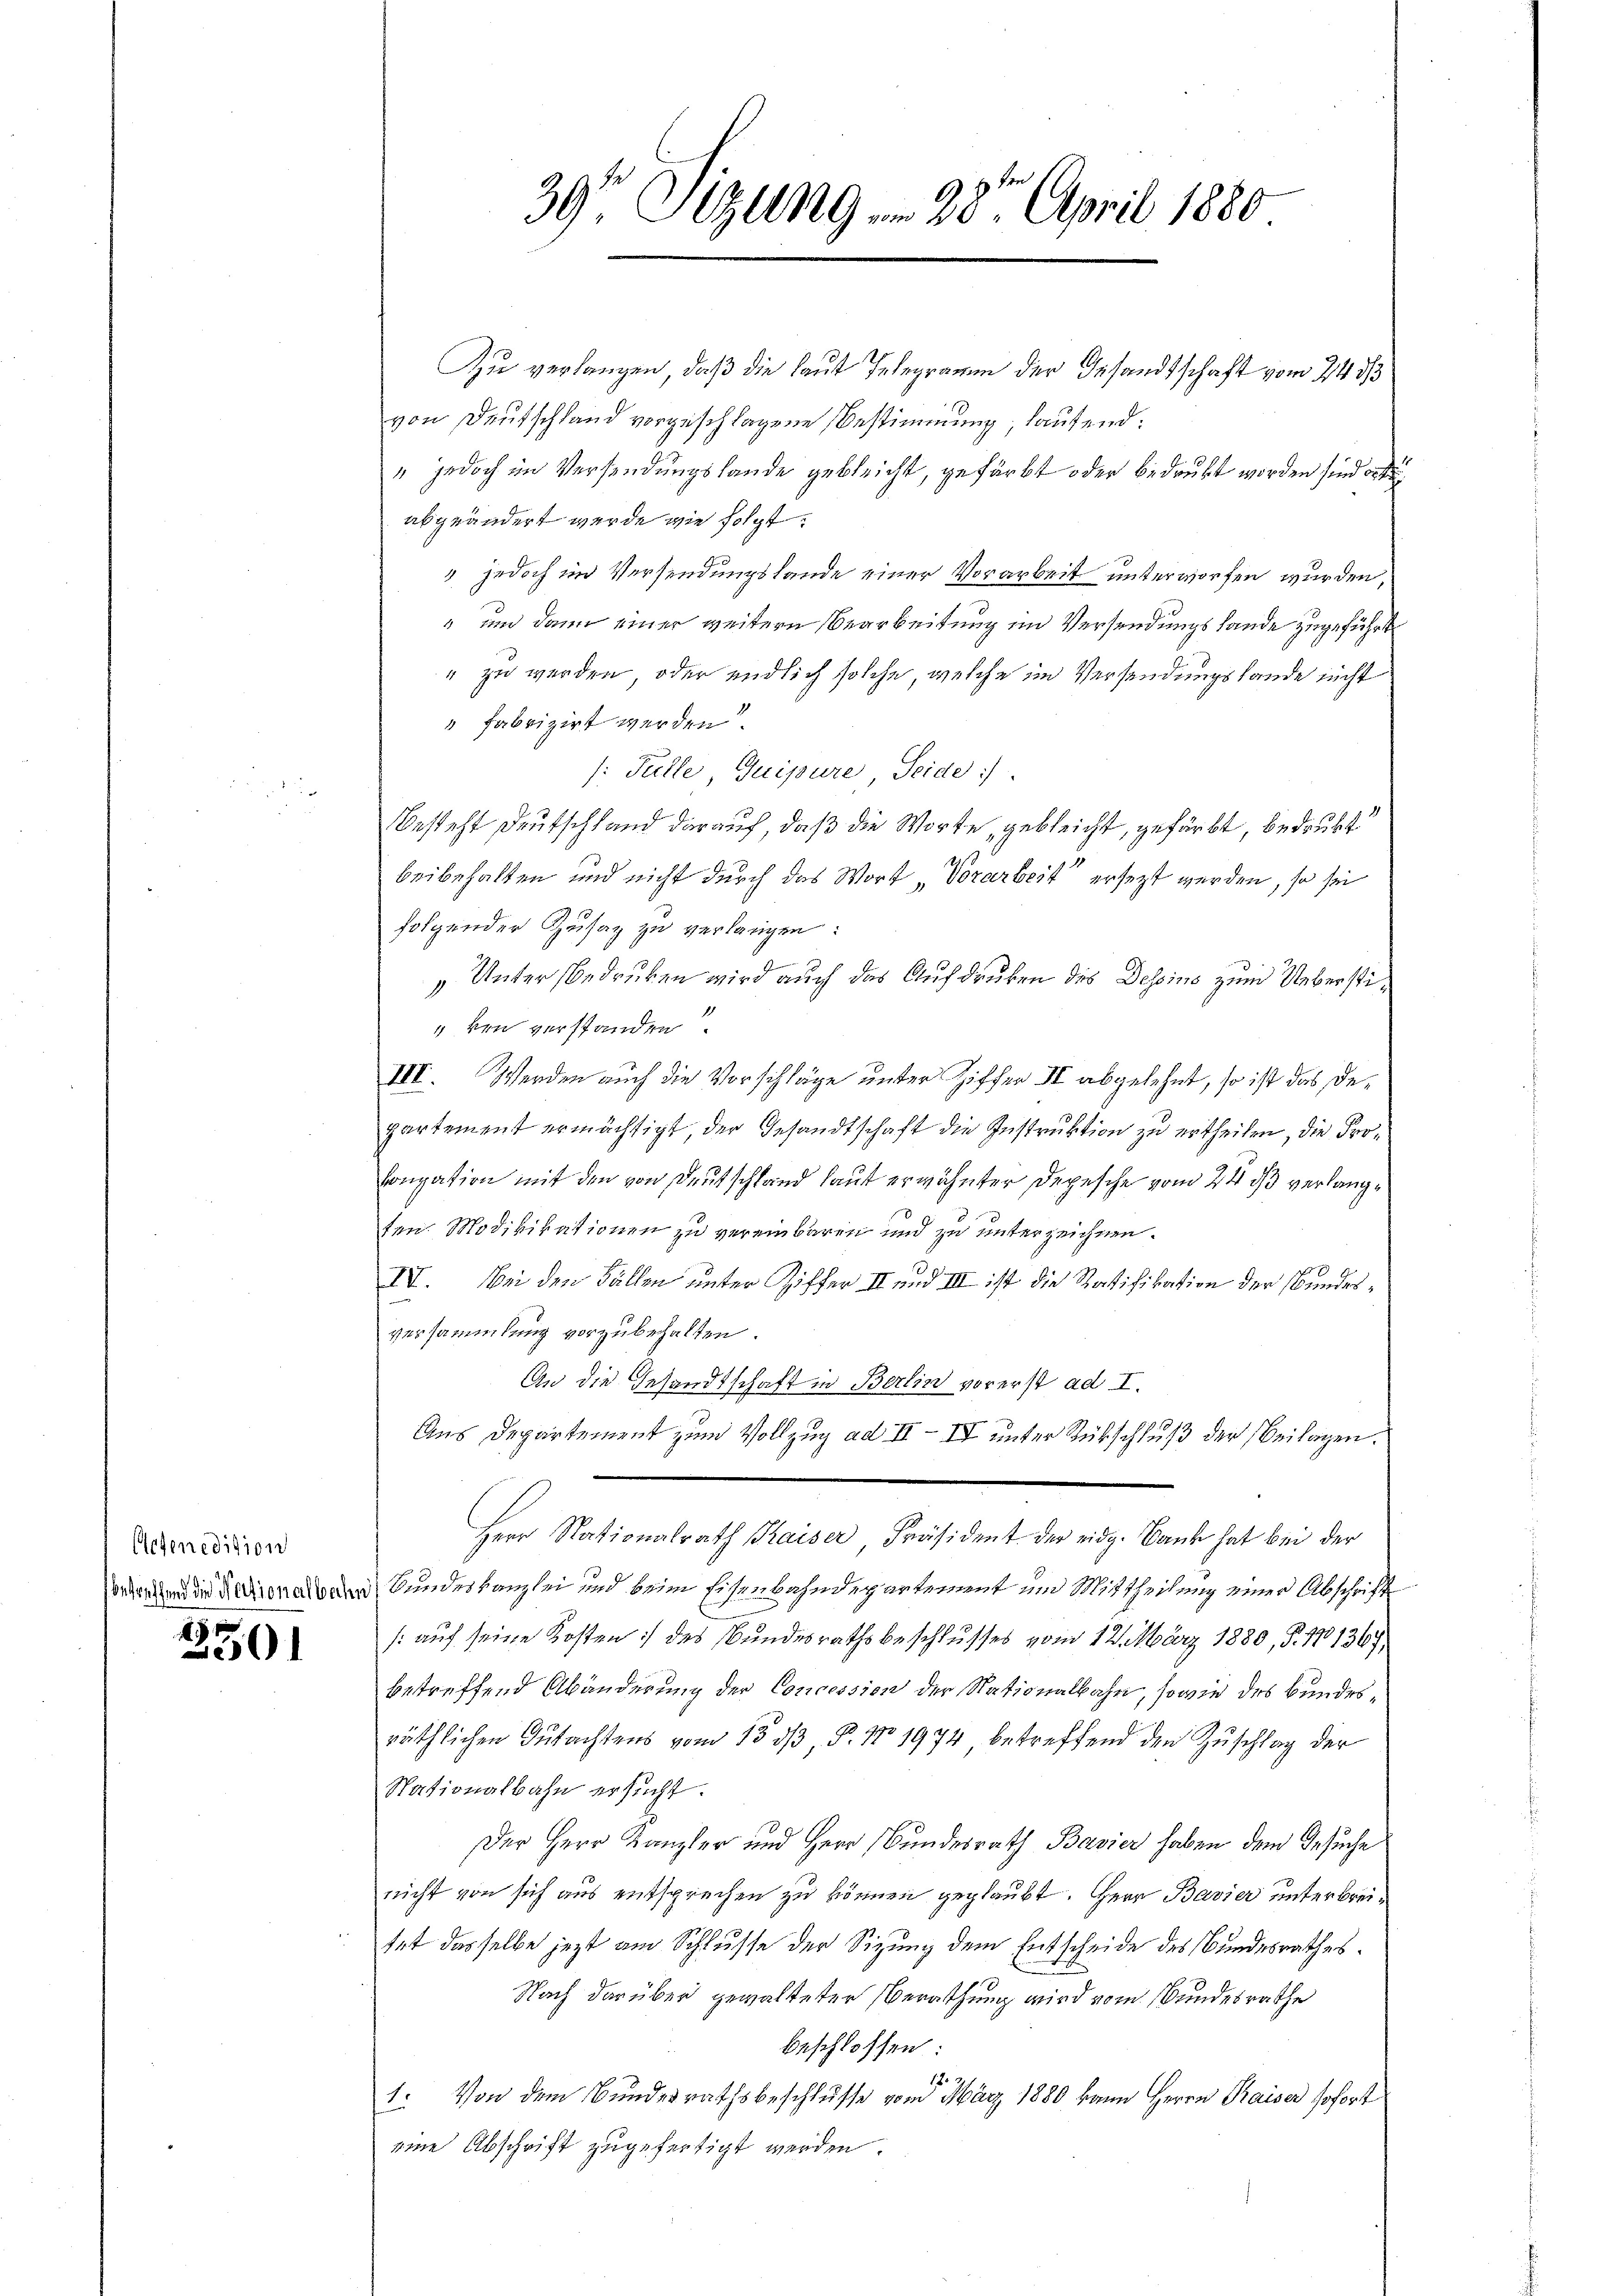
Aegeredition
betreffend die Nectionalbahn

3301

39 Sizung  20t April 1880

Zu verlangen, daß die laut Telegramm der Gesandtschaft vom 24 3/3
von Deutschland vorgeschlagene Bestimmung, lautend¬
" jedoch im Versendungslande gebleicht, gefärbt oder bedrukt worden sind orden
abgeändert werde wie folgt.
2 jedoch im Versendungslande einer Vorarbeit unterworfen wurden,
" und dann einer weitern Bearbeitung im Versendungs Lande zugeführt
" zu werden, oder endlich solche, welche im Versendungslande nicht
" fabrizirt werden.
: Fälle Quipure, Seide
Besteht Deutschland darauf, daß die Worte, gebleicht, gefärbt, bedrukt
beibehalten und nicht durch das Wort „Vorarbeit ersezt werden, so sei
folgender Zusaz zu verlangen:
Unter bedrüken wird auch das Aufdruken des Dessins zum Ueberstiken verstanden.
III. Werden auch die Vorschläge unter Ziffer II abgelehnt, so ist das Departement ermächtigt, der Gesandtschaft die Instruktion zu ertheilen, die Prolongation mit den von Deutschland laut erwähnter Depesche vom 24. ds verlangten. Modikikationen zu vereinbaren und zu unterzeichnen.
IV. Bei den Fällen unter Ziffer II und III ist die Ratifikation der Bundesversammlung vorzubehalten.
An die Gesandtschaft in Berlin vorerst ad I.
Aus Departement zum Vollzug ad II–IV unter Rückschluß der Beilagen.
Herr Nationalrath Kaiser Präsident der eidg. Bank hat bei der
Bundeskanzlei und beim Eisenbahndepartement und Mittheilung einer Abschrift
[auf seine Kosten des Bundesrathsbeschlusses vom 12. März 1880, S. 171367,
betreffend Abänderung der Concession der Nationalbahn, sowie des Bundesräthlichen Gutachtens vom 13. dβ, P. Nr. 1974 betreffend den Zuschlag der
Stationalbahn ersucht.
Der Herr Kanzler und Herr Bundesrath Bavier haben dem Gesuche
nicht von sich aus entsprechen zu können geglaubt. Herr Bavier unterbreitet dasselbe jezt am Schlusse der Sitzung dem Entscheide des Bundesrathes
Nach darüber gewalteten Berathung wird vom Bundesrathe
beschlossen:
17.
1. Von dem Bundesrathsbeschlusse vom März 1880 kann Herrn Kaiser sofort
eine Abschrift zugefertigt werden.